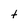
Character: t